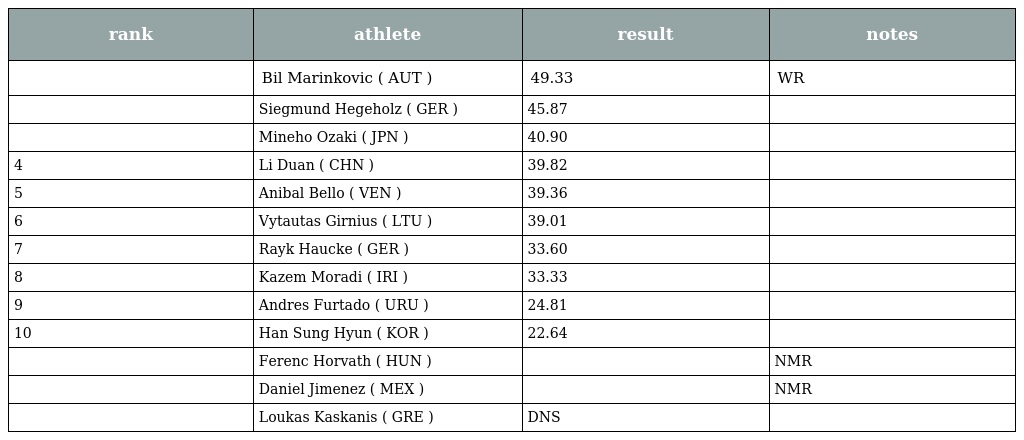
| rank | athlete | result | notes |
 | --- | --- | --- | --- |
 |  | Bil Marinkovic ( AUT ) | 49.33 | WR |
 |  | Siegmund Hegeholz ( GER ) | 45.87 |  |
 |  | Mineho Ozaki ( JPN ) | 40.90 |  |
 | 4 | Li Duan ( CHN ) | 39.82 |  |
 | 5 | Anibal Bello ( VEN ) | 39.36 |  |
 | 6 | Vytautas Girnius ( LTU ) | 39.01 |  |
 | 7 | Rayk Haucke ( GER ) | 33.60 |  |
 | 8 | Kazem Moradi ( IRI ) | 33.33 |  |
 | 9 | Andres Furtado ( URU ) | 24.81 |  |
 | 10 | Han Sung Hyun ( KOR ) | 22.64 |  |
 |  | Ferenc Horvath ( HUN ) |  | NMR |
 |  | Daniel Jimenez ( MEX ) |  | NMR |
 |  | Loukas Kaskanis ( GRE ) | DNS |  |